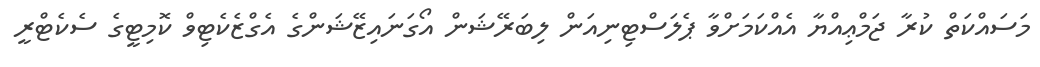
މަސައްކަތް ކުރާ ޖަމްޢިއްޔާ އެއްކަމަށްވާ ޕެލަސްޓިނިއަން ލިބަރޭޝަން އޯގަނައިޒޭޝަންގެ އެގްޒެކެޓިވް ކޮމިޓީގެ ސެކެޓްރީ